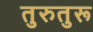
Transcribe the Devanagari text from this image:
तुरुतुरू